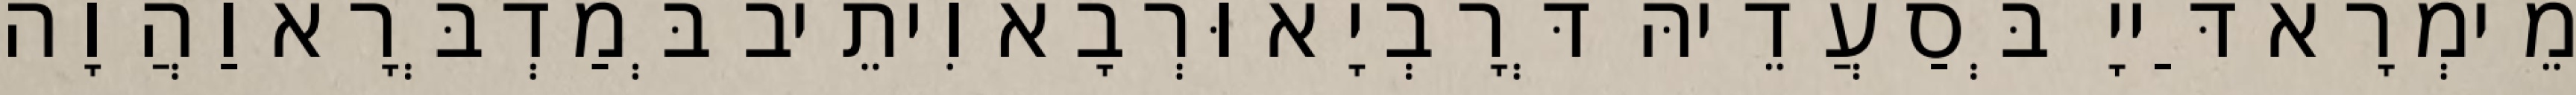
מֵימְרָא דַּייָ בְּסַעֲדֵיהּ דְּרָבְיָא וּרְבָא וִיתֵיב בְּמַדְבְּרָא וַהֲוָה